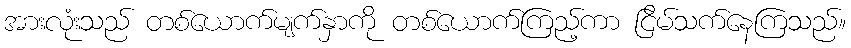
အားလုံးသည် တစ်ယောက်မျက်နှာကို တစ်ယောက်ကြည့်ကာ ငြိမ်သက်နေကြသည်။